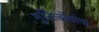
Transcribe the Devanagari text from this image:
मुक्तिबोधांचा